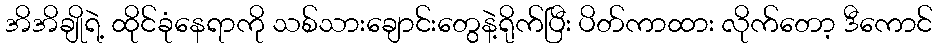
အိအိချိုရဲ့ ထိုင်ခုံနေရာကို သစ်သားချောင်းတွေနဲ့ရိုက်ပြီး ပိတ်ကာထား လိုက်တော့ ဒီကောင်